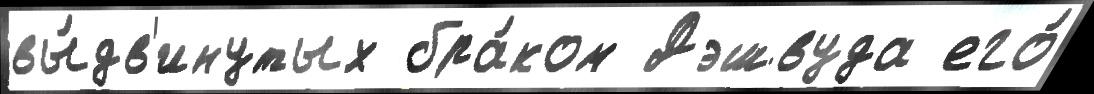
вы́дв'инутых бра́ком Дэшвуда его́